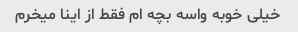
خیلی خوبه واسه بچه ام فقط از اینا میخرم